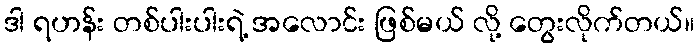
ဒါ ရဟန်း တစ်ပါးပါးရဲ့ အလောင်း ဖြစ်မယ် လို့ တွေးလိုက်တယ်။